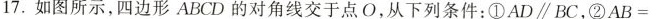
17.如图所示，四边形ABCD的对角线交于点O,从下列条件：①AD\parallel BC，②$$A B =